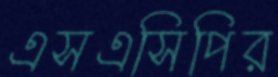
এসএসিপির